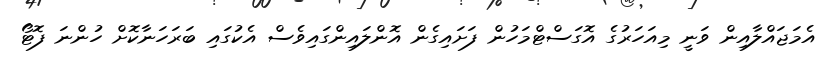
އެމަޖައްލާއިން ވަނީ މިއަހަރުގެ އޮގަސްޓްމަހުން ފަށައިގެން އޮންލައިންގައިވެސް އެކުގައި ބަރަހަނާކޮށް ހުންނަ ފޮޓޯ